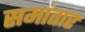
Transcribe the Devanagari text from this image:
समांतार